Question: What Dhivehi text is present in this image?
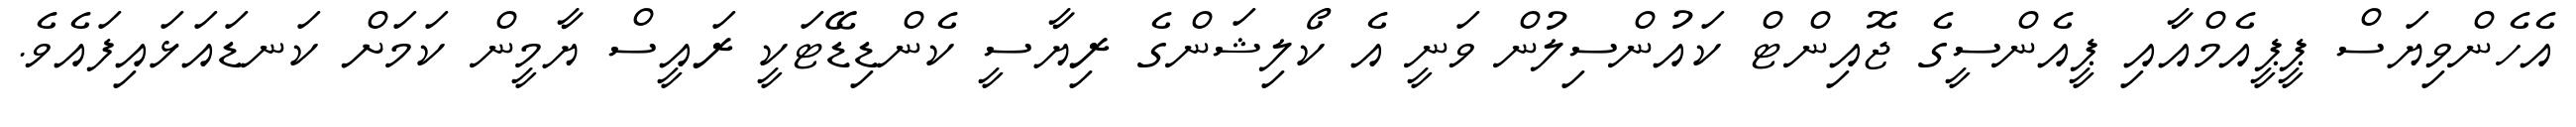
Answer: އެހެންވިޔަސް ޕީޕީއެމްއާއި ޕީއެންސީގެ ޖޮއިންޓް ކައުންސިލުން ވަނީ އެ ކޯލިޝަންގެ ރިޔާސީ ކެންޑިޑޭޓަކީ ރައީސް ޔާމީން ކަމަށް ކަނޑައަޅައިފައެވެ.